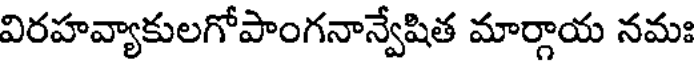
విరహవ్యాకులగోపాంగనాన్వేషిత మార్గాయ నమః